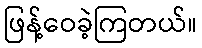
ဖြန့်ဝေခဲ့ကြတယ်။